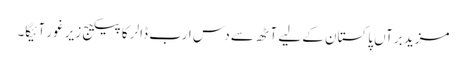
مزید برآں پاکستان کے لیے آٹھ سے دس ارب ڈالر کا پیکیج زیر غور آئیگا۔